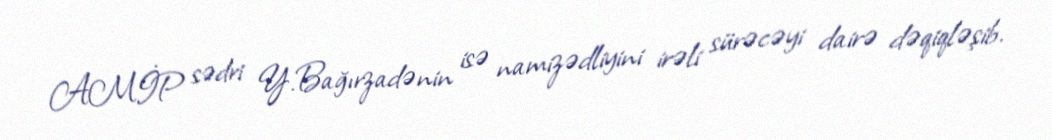
AMİP sədri Y.Bağırzadənin isə namizədliyini irəli sürəcəyi dairə dəqiqləşib.